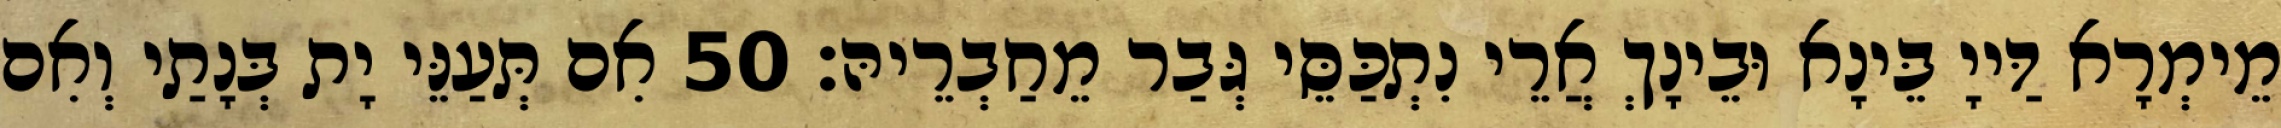
מֵימְרָא דַּייָ בֵּינָא וּבֵינָךְ אֲרֵי נִתְכַּסֵּי גְּבַר מֵחַבְרֵיהּ׃ 50 אִם תְּעַנֵּי יָת בְּנָתַי וְאִם